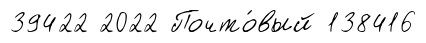
39422 2022 Почто́вый 138416